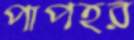
পাপহর